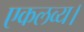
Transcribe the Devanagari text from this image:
एकलव्य।